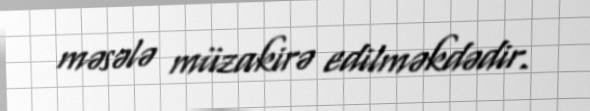
məsələ müzakirə edilməkdədir.